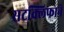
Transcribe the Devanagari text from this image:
सटक्लिफाने